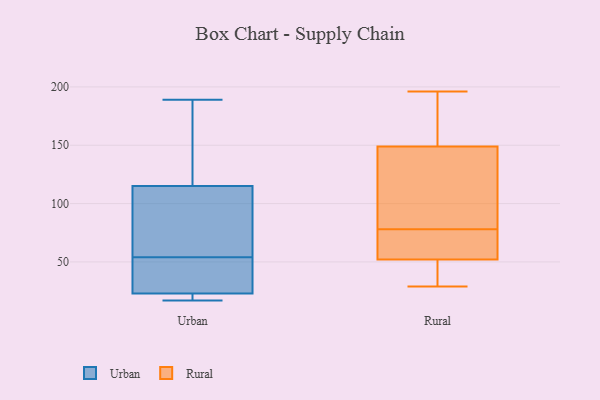
{"axis": {"x": "Revenue (USD Million)", "y": "Value"}, "legend": ["Rural", "Urban"], "data": [{"x": "", "y": 17, "type": "Urban"}, {"x": "", "y": 115, "type": "Urban"}, {"x": "", "y": 29, "type": "Urban"}, {"x": "", "y": 64, "type": "Urban"}, {"x": "", "y": 96, "type": "Urban"}, {"x": "", "y": 23, "type": "Urban"}, {"x": "", "y": 44, "type": "Urban"}, {"x": "", "y": 21, "type": "Urban"}, {"x": "", "y": 189, "type": "Urban"}, {"x": "", "y": 136, "type": "Urban"}, {"x": "", "y": 76, "type": "Rural"}, {"x": "", "y": 52, "type": "Rural"}, {"x": "", "y": 40, "type": "Rural"}, {"x": "", "y": 80, "type": "Rural"}, {"x": "", "y": 132, "type": "Rural"}, {"x": "", "y": 168, "type": "Rural"}, {"x": "", "y": 64, "type": "Rural"}, {"x": "", "y": 149, "type": "Rural"}, {"x": "", "y": 190, "type": "Rural"}, {"x": "", "y": 37, "type": "Rural"}, {"x": "", "y": 29, "type": "Rural"}, {"x": "", "y": 121, "type": "Rural"}, {"x": "", "y": 69, "type": "Rural"}, {"x": "", "y": 68, "type": "Rural"}, {"x": "", "y": 196, "type": "Rural"}, {"x": "", "y": 154, "type": "Rural"}, {"x": "", "y": 146, "type": "Rural"}, {"x": "", "y": 47, "type": "Rural"}]}